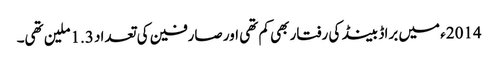
2014ء میں براڈ بینڈ کی رفتار بھی کم تھی اور صارفین کی تعداد 1.3ملین تھی۔